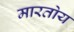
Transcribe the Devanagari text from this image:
मारतोय